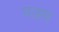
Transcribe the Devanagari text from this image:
पडम